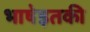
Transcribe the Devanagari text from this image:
भाषेइतकी